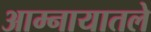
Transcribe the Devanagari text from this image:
आम्नायातले